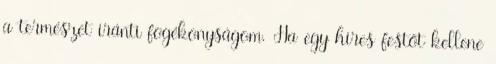
a természet iránti fogékonyságom. Ha egy híres festőt kellene